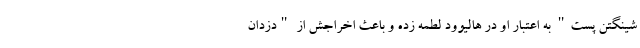
شینگتن پست" به اعتبار او در هالیوود لطمه زده و باعث اخراجش از "دزدان